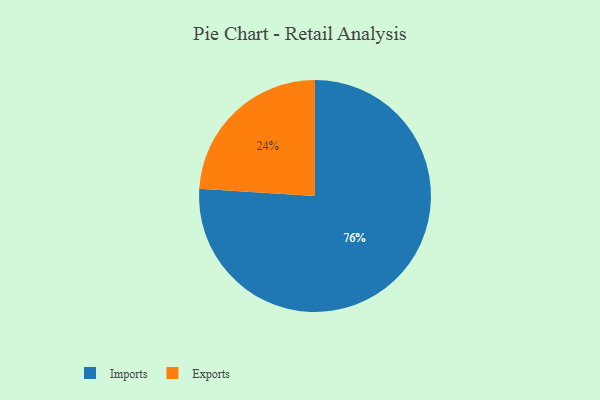
{"axis": {"x": "Category", "y": "Percentage"}, "legend": ["Exports", "Imports"], "data": [{"x": "Imports", "y": 76, "type": "Imports"}, {"x": "Exports", "y": 24, "type": "Exports"}]}